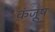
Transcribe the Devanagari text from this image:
कंजूष